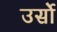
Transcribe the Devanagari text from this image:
उर्सो